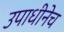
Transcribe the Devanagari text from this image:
उपाधीनेच